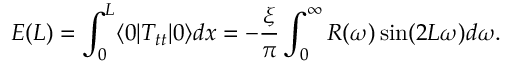
E ( L ) = \int _ { 0 } ^ { L } \langle 0 | T _ { t t } | 0 \rangle d x = - { \frac { \xi } { \pi } } \int _ { 0 } ^ { \infty } R ( \omega ) \sin ( 2 L \omega ) d \omega .